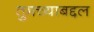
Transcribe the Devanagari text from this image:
तुमच्याबद्दल